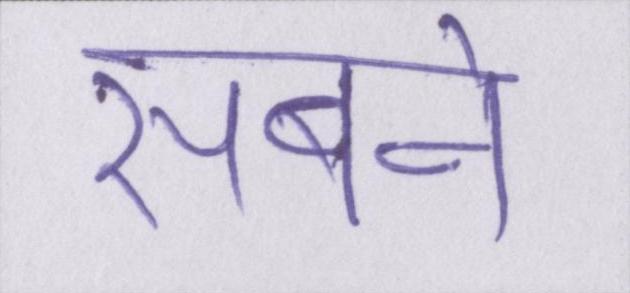
सबने